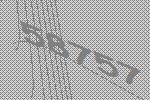
58757